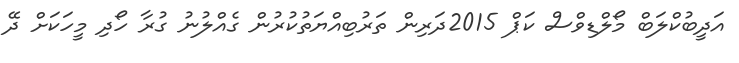
އަދީބުކްލަބް މޯލްޑިވްސް ކަޕް 2015ދަރިން ތަރުބިއްޔަތުކުރުން ގެއްލުނު ގުރާ ހޯދި މީހަކަށް ދޭ